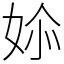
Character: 㛋